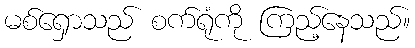
မစ်ရှောသည် စက်ရုံကို ကြည့်နေသည်။